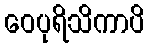
ဝေပုရိသိကာပိ